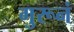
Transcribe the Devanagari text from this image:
गुरूनं